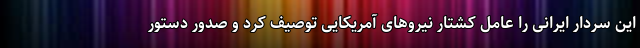
این سردار ایرانی را عامل کشتار نیروهای آمریکایی توصیف کرد و صدور دستور